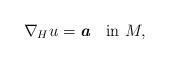
LaTeX: \begin{align*}{\bf\nabla}_H u=\textit{\textbf{a}}\ \ \ {\rm in}\ M,\end{align*}